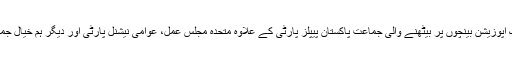
سابق جکمران جماعت پاکستان مسلم لیگ (ن) اور 2013ء سے 2018ء تک اپوزیشن بینچوں پر بیٹھنے والی جماعت پاکستان پیپلز پارٹی کے علاوہ متحدہ مجلسِ عمل، عوامی نیشنل پارٹی اور دیگر ہم خیال جماعتیں پاکستان تحریکِ انصاف کے خلاف احتجاج کے لیے ہاتھ ملا چکی ہیں۔